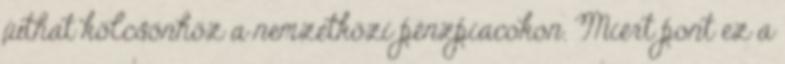
juthat kölcsönhöz a nemzetközi pénzpiacokon. Miért pont ez a